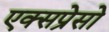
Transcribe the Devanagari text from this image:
एक्सप्रेसो